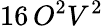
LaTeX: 16\, O^{2}V^{2}